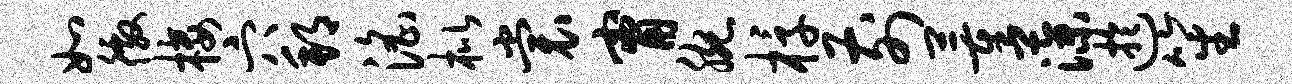
如徼楼穴邦淫枇裳甯腕椁前董藻迂笙